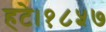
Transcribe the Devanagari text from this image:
हटे।१८५७